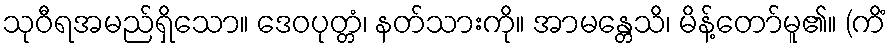
သုဝီရအမည်ရှိသော။ ဒေဝပုတ္တံ၊ နတ်သားကို။ အာမန္တေသိ၊ မိန့်တော်မူ၏။ (ကိံ